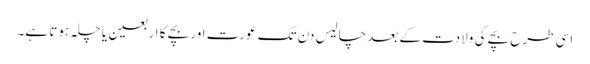
اسی طرح بچے کی ولادت کے بعد چالیس دن تک عورت اور بچے کا اربعین یا چلہ ہوتا ہے۔